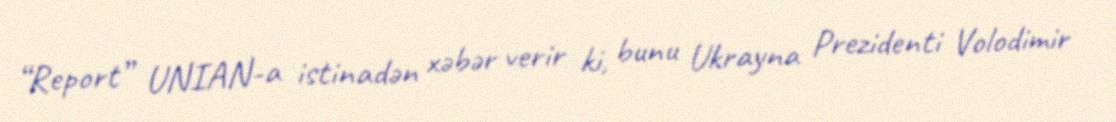
“Report” UNIAN-a istinadən xəbər verir ki, bunu Ukrayna Prezidenti Volodimir